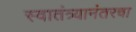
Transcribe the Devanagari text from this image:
स्वातंत्र्यानंतरचा